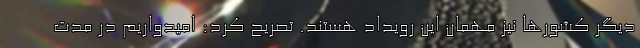
دیگر کشورها نیز مهمان این رویداد هستند. تصریح کرد: امیدواریم در مدت